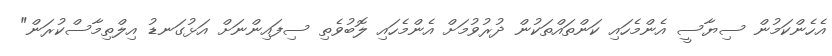
އެހެންކަމުން ސިޔާސީ އެންމެހައި ކަންތައްތަކުން ދުރުވުމަށް އެންމެހައި ލޮބުވެތި ސިފައިންނަށް އަޅުގަނޑު އިލްތިމާސްކުރަން"